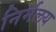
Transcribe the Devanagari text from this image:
निर्मलय